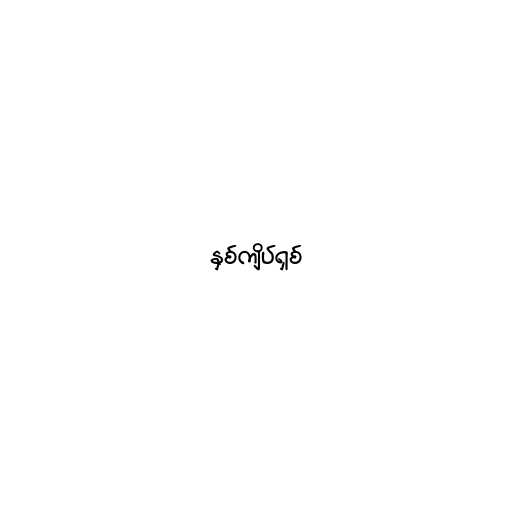
နှစ်ကျိပ်ရှစ်